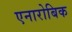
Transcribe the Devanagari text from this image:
एनारोबिक